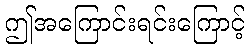
ဤအကြောင်းရင်းကြောင့်